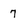
Character: 7